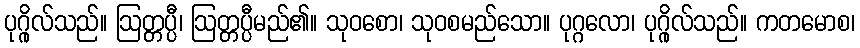
ပုဂ္ဂိုလ်သည်။ ဩတ္တပ္ပီ၊ ဩတ္တပ္ပီမည်၏။ သုဝစော၊ သုဝစမည်သော။ ပုဂ္ဂလော၊ ပုဂ္ဂိုလ်သည်။ ကတမောစ၊